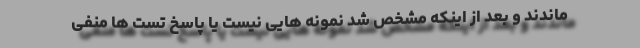
ماندند و بعد از اینکه مشخص شد نمونه هایی نیست یا پاسخ تست ها منفی